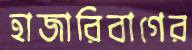
হাজারিবাগের